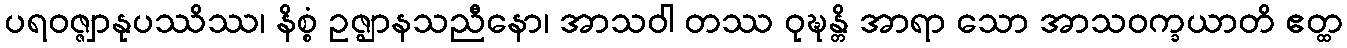
ပရဝဇ္ဇျာနုပဿိဿ၊ နိစ္စံ ဥဇ္ဈာနသညီနော၊ အာသဝါ တဿ ဝုဍ္ဎန္တိ အာရာ သော အာသဝက္ခယာတိ ဧတ္ထ